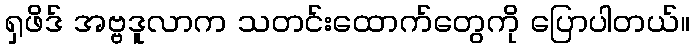
ရှဖိဒ် အဗ္ဗဒူလာက သတင်းထောက်တွေကို ပြောပါတယ်။